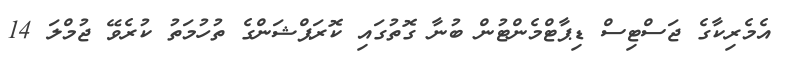
އެމެރިކާގެ ޖަސްޓިސް ޑިޕާޓްމެންޓުން ބުނާ ގޮތުގައި ކޮރަޕްޝަންގެ ތުހުމަތު ކުރެވޭ ޖުމްލަ 14